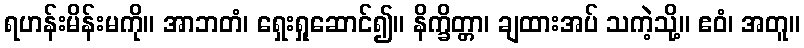
ရဟန်းမိန်းမကို။ အာဘတံ၊ ရှေးရှုဆောင်၍။ နိက္ခိတ္တာ၊ ချထားအပ် သကဲ့သို့။ ဧဝံ၊ အတူ။